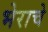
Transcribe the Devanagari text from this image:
भेराचे